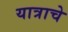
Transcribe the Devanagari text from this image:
यात्राचे